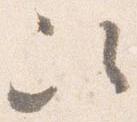
次